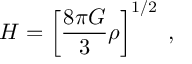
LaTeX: H = \left[ \frac { 8 \pi G } { 3 } \rho \right] ^ { 1 / 2 } \; ,